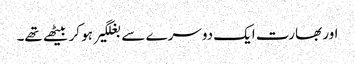
اور بھارت ایک دوسرے سے بغلگیر ہو کر بیٹھے تھے۔